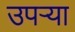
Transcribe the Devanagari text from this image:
उपर्‍या